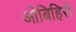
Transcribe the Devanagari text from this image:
ओबिहिरो